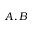
A , B